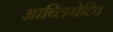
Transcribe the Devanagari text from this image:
आब्लिगेटिव